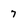
Character: 7